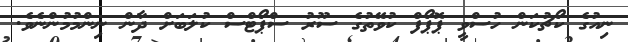
ނިއުގެ ކޯޗުކަން ހުސްވީ ޕޮޕޯފް ކުވޭތުގެ ސޫރު ސްޕޯޓްސް ކުލަބަށް ދާން ނިންމުމުންނެވެ.